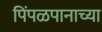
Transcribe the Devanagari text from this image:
पिंपळपानाच्या